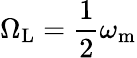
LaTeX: \Omega_{\mathrm{L}}=\frac{1}{2}\omega_{\mathrm{m}}